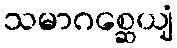
သမာဂစ္ဆေယျံ